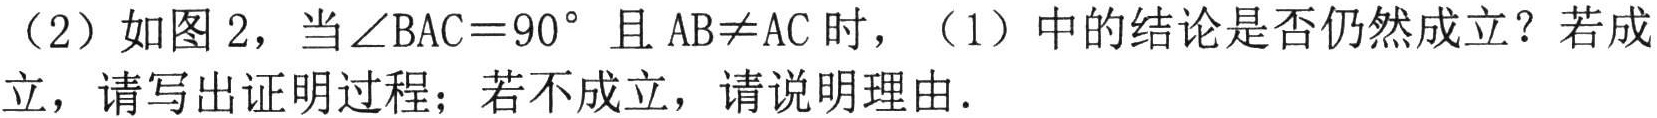
（2）如图2，当\(\angle BAC = 90^{\circ}\)且\(AB\neq AC\)时，（1）中的结论是否仍然成立？若成立，请写出证明过程；若不成立，请说明理由.